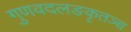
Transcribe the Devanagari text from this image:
गुणवदलङकृतञ्च